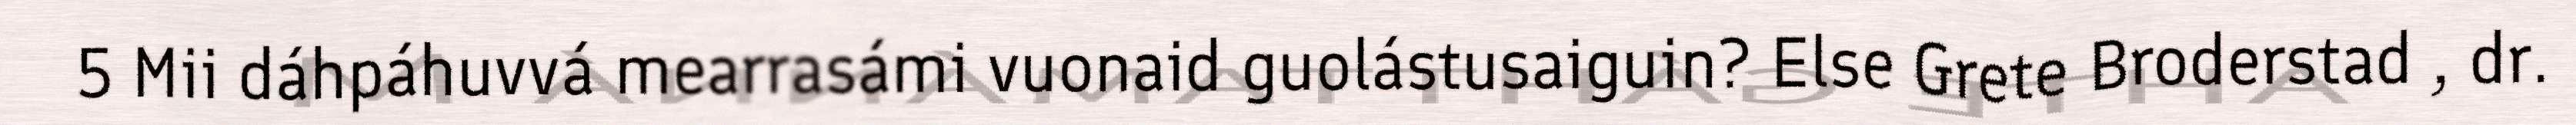
5 Mii dáhpáhuvvá mearrasámi vuonaid guolástusaiguin? Else Grete Broderstad , dr.